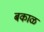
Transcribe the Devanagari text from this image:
बकाळ